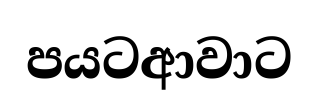
පයටආවාට